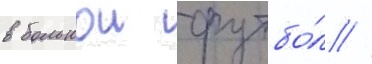
в большои футбо́л //